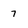
Character: 7